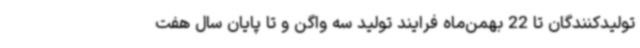
تولیدکنندگان تا 22 بهمن‌ماه فرایند تولید سه واگن و تا پایان سال هفت